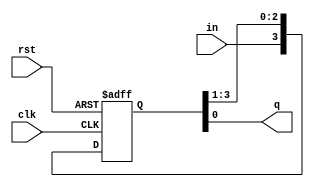
module siso(clk,in,rst,q);
  input clk,rst;
  input in;
  output q;
  reg [3:0]qq;
  assign q=qq[0];
  always @ (posedge clk, posedge rst)
    begin
      if(rst)
        qq <=0; 
      else 
        qq <= {in,qq[3:1]};
    end
endmodule